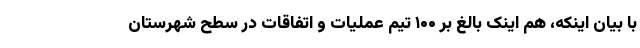
با بیان اینکه، هم اینک بالغ بر ۱۰۰ تیم عملیات و اتفاقات در سطح شهرستان